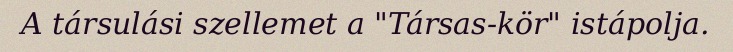
A társulási szellemet a "Társas-kör" istápolja.